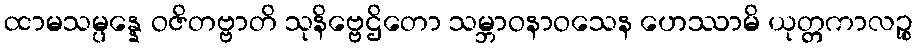
ထာမသမ္ပန္နေ ဝဇိတဗ္ဗာတိ သုနိဗ္ဗေဌိတော သမ္ဘာဝနာဝသေန ဟေဿာမိ ယုတ္တကာလဉ္စ